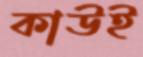
কাউই